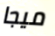
ميجا